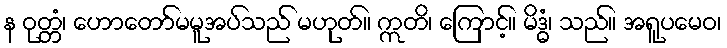
န ဝုတ္တံ၊ ဟောတော်မမူအပ်သည် မဟုတ်။ ဣတိ၊ ကြောင့်။ မိဒ္ဓံ၊ သည်။ အရူပမေဝ၊